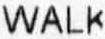
WALK